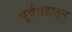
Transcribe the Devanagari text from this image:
पूर्वग्रहातून